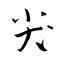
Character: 尖